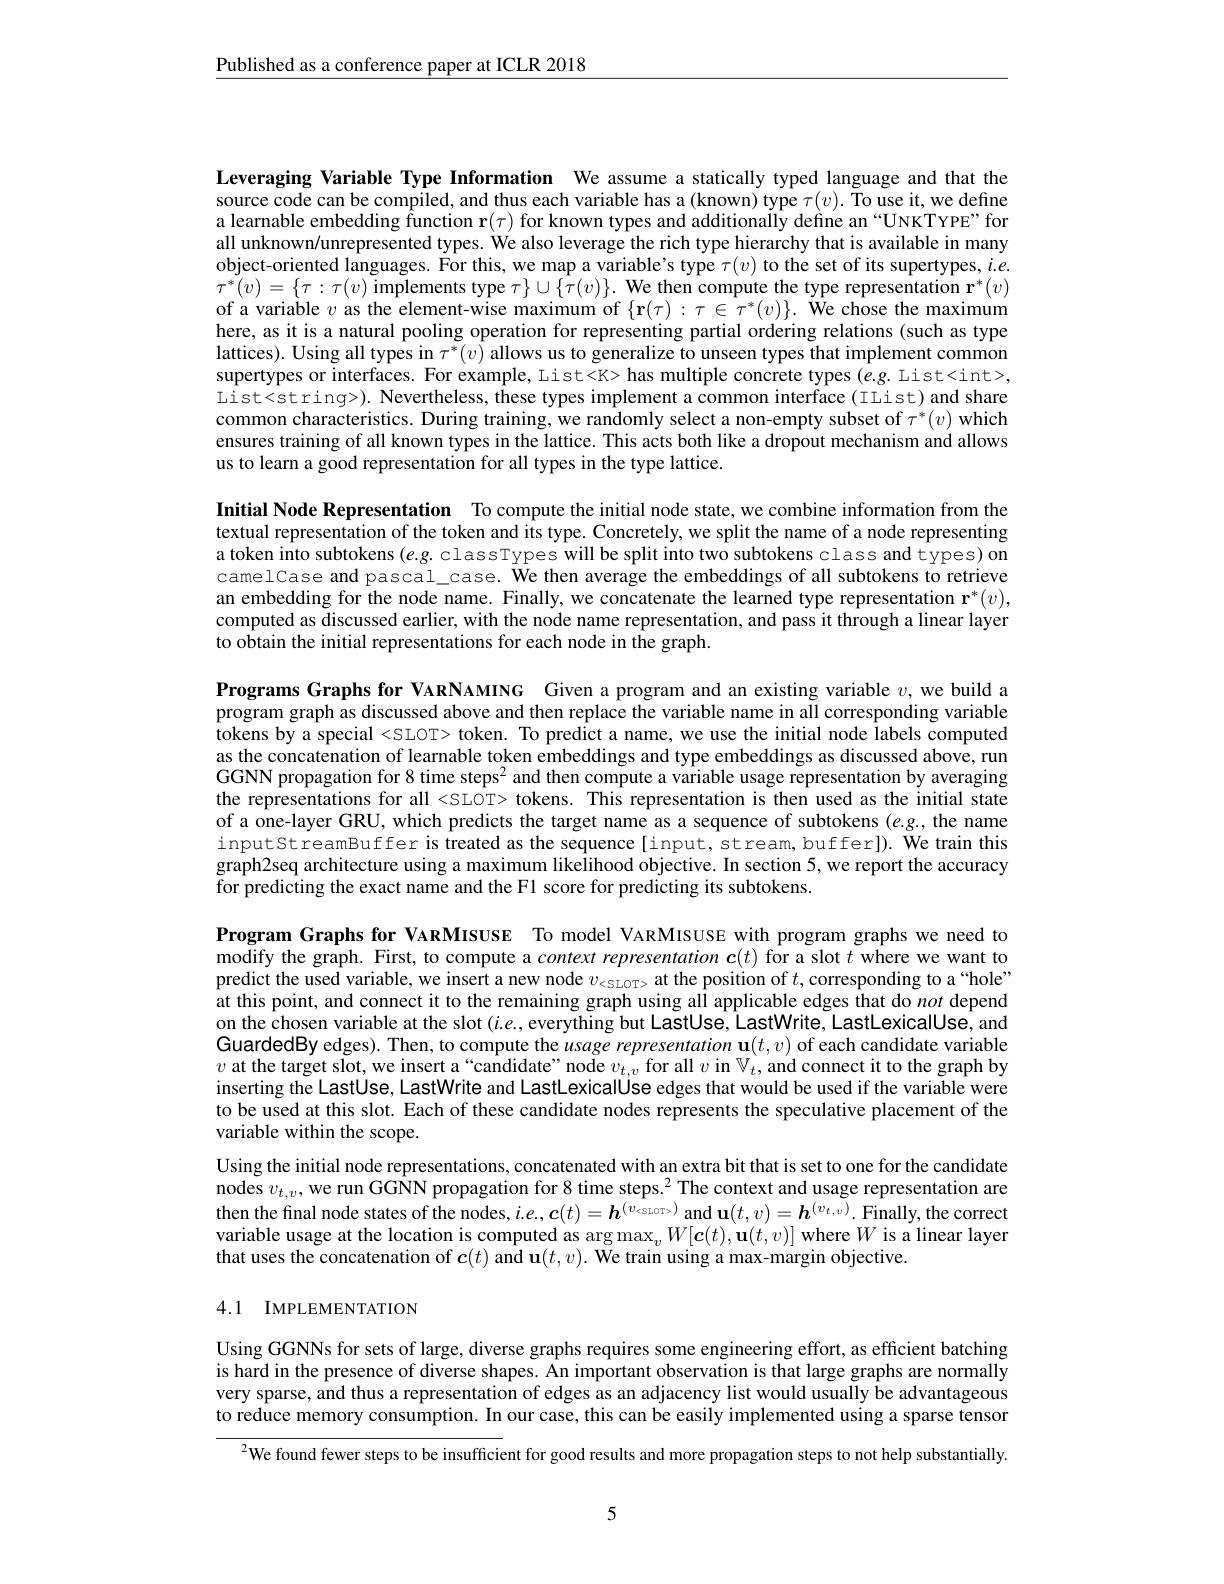
$\underline{\text{Published as a conference paper at ICLR 2018}}$

Leveraging Variable Type Information We assume a statically typed language and that the source code can be compiled, and thus each variable has a (known) type $\tau(v).$ To use it, we define a learnable embedding function r$(\tau)$ for known types and additionally define an“UNKTYPE”for all unknown/unrepresented types. We also leverage the rich type hierarchy that is available in many object-oriented languages. For this, we map a variable's type $\tau(v)$ to the set of its supertypes, $ie.$ $\tau^{*}(v)=\{\tau:\tau(v)$ implements type $\tau\}\cup\{\tilde{\tau}(v)\}.$ We then compute the type representation $\mathbf{r}^*(v)$ of a variable $v$ as the element-wise maximum of $\{\mathbf{r}(\tau):\tau\in\tau^*(v)\}.$ We chose the maximum here, as it is a natural pooling operation for representing partial ordering relations (such as type lattices). Using all types in $\tau^*(v)$ allows us to generalize to unseen types that implement common supertypes or interfaces. For example, List<K> has multiple concrete types (e.g. List<int>, List<string>). Nevertheless, these types implement a common interface (TList) and share common characteristics. During training, we randomly select a non-empty subset of $\tau^*(v)$ which ensures training of all known types in the lattice. This acts both like a dropout mechanism and allows us to learn a good representation for all types in the type lattice.

Initial Node Representation To compute the initial node state, we combine information from the textual representation of the token and its type. Concretely, we split the name of a node representing a token into subtokens $(e.g.$ classTypes will be split into two subtokens class and types) on camelCase and pascal\_case. We then average the embeddings of all subtokens to retrieve an embedding for the node name. Finally, we concatenate the learned type representation $\mathbf{r}^*(v)$, computed as discussed earlier, with the node name representation, and pass it through a linear layer to obtain the initial representations for each node in the graph.

Programs Graphs for VARNAMING Given a program and an existing variable $v$, we build a program graph as discussed above and then replace the variable name in all corresponding variable tokens by a special <SLOT> token. To predict a name, we use the initial node labels computed as the concatenation of learnable token embeddings and type embeddings as discussed above, run GGNN propagation for 8 time steps$^2$ and then compute a variable usage representation by averaging the representations for all <SLOT> tokens. This representation is then used as the initial state of a one-layer GRU, which predicts the target name as a sequence of subtokens (e.g., the name inputstreamBuffer is treated as the sequence[input,stream,buffer]). We train this graph2seq architecture using a maximum likelihood objective. In section 5, we report the accuracy for predicting the exact name and the F1 score for predicting its subtokens.

Program Graphs for VARMISUSE To model VARMISUSE with program graphs we need to modify the graph. First, to compute a context representation $\boldsymbol{c}(t)$ for a slot $t$ where we want to predict the used variable, we insert a new node $v_{<\mathrm{SLOT>}}$ at the position of $t$, corresponding to a“hole” at this point, and connect it to the remaining graph using all applicable edges that do not depend on the chosen variable at the slot $(i.e.$, everything but LastUse, LastWrite, LastLexicalUse, and GuardedBy edges). Then, to compute the usage representation $\mathbf{u}(t,v)$ of each candidate variable $v$ at the target slot, we insert a“candidate” node $v_t,v$ for all $v$ in $\mathbb{V}_t$, and connect it to the graph by inserting the LastUse, LastWrite and LastLexicalUse edges that would be used if the variable were to be used at this slot. Each of these candidate nodes represents the speculative placement of the variable within the scope.
Using the initial node representations, concatenated with an extra bit that is set to one for the candidate nodes $v_t,v$, we run GGNN propagation for 8 time steps.$^2$The context and usage representation are then the final node states of the nodes, $i.e.,\boldsymbol{c}(t)=\boldsymbol{h}^{(v_\text{ssiors})}$ and u$(t,v)=\boldsymbol{h}^{(v_{t,v})}.$ Finally, the correct variable usage at the location is computed as arg $\max_vW[\boldsymbol{c}(t),\mathbf{u}(t,v)]$ where $W$ is a linear layer that uses the concatenation of $\boldsymbol{c}(t)$ and u$( t, v) . \textbf{ We train using a max- margin objective}.$

## 4.1 IMPLEMENTATION

Using GGNNs for sets of large, diverse graphs requires some engineering effort, as efficient batching is hard in the presence of diverse shapes. An important observation is that large graphs are normally very sparse, and thus a representation of edges as an adjacency list would usually be advantageous to reduce memory consumption. In our case, this can be easily implemented using a sparse tensor

$^{2}$We found fewer steps to be insufficient for good results and more propagation steps to not help substantially.

5